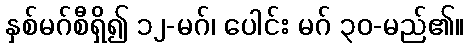
နှစ်မဂ်စီရှိ၍ ၁၂-မဂ်၊ ပေါင်း မဂ် ၃၀-မည်၏။